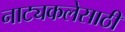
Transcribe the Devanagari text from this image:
नाट्यकलेसाठी